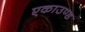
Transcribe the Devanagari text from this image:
एकाउण्ड